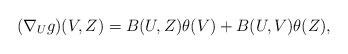
LaTeX: \begin{align*}(\nabla _{U}g)(V,Z)=B(U,Z)\theta (V)+B(U,V)\theta (Z), \end{align*}